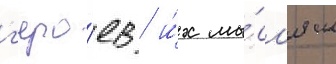
г'еро́ев / и́х мы́сл'ям